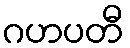
ဂဟပတီ